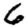
Digit: 6